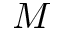
M